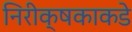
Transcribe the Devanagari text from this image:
निरीक्षकाकडे